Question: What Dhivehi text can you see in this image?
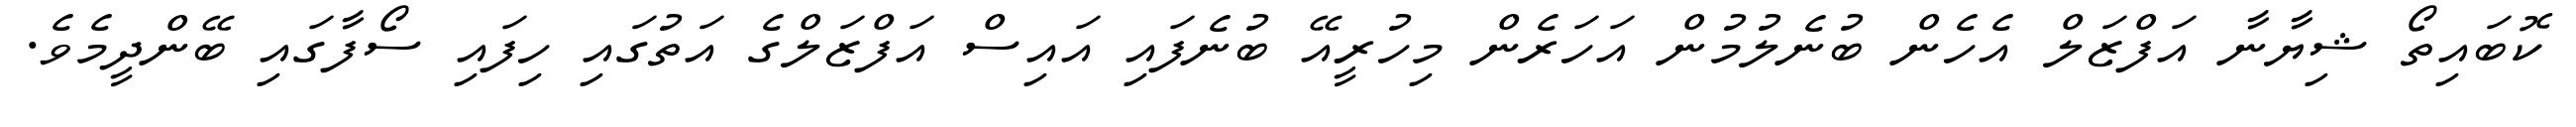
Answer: ކޮބައިތޯ ޝިޔާނާ އަފްޒަލް އެހެން ބުނެލުމުން އަހަރެން މިހުރީއޭ ބުނެފައި އައިސް އަފްޒަލްގެ އަތުގައި ހިފައި ސޯފާގައި ބޭންދީމެވެ.